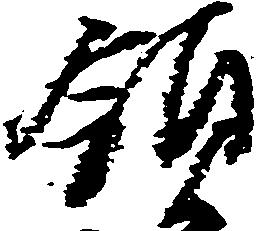
領